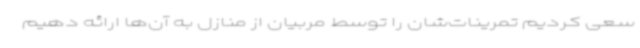
سعی کردیم تمرینات‌شان را توسط مربیان از منازل به آن‌ها ارائه دهیم